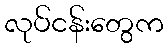
လုပ်ငန်းတွေက